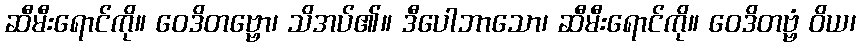
ဆီမီးရောင်ကို။ ဝေဒိတဗ္ဗော၊ သိအပ်၏။ ဒီပေါဘာသော၊ ဆီမီးရောင်ကို။ ဝေဒိတဗ္ဗံ ဝိယ၊